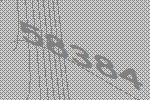
58384